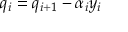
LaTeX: q _ { i } = q _ { i + 1 } - \alpha _ { i } y _ { i }